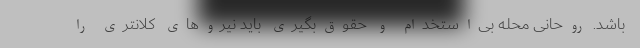
باشد. روحانی محله بی‌استخدام و حقوق‌بگیری باید نیروهای کلانتری را